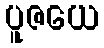
ပူဇယေ